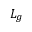
{ \cal L } _ { g }